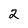
Character: 2